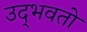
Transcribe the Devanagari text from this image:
उद्‌भवतो